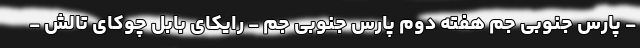
- پارس جنوبی جم هفته دوم پارس جنوبی جم - رایکای بابل چوکای تالش -